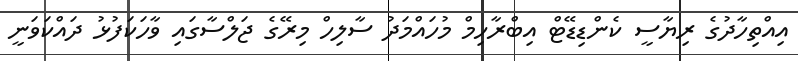
އިއްތިހާދުގެ ރިޔާސީ ކެންޑިޑޭޓް އިބްރާހިމް މުހައްމަދު ސާލިހް މިރޭގެ ޖަލްސާގައި ވާހަކަފުޅު ދައްކަވަނީ